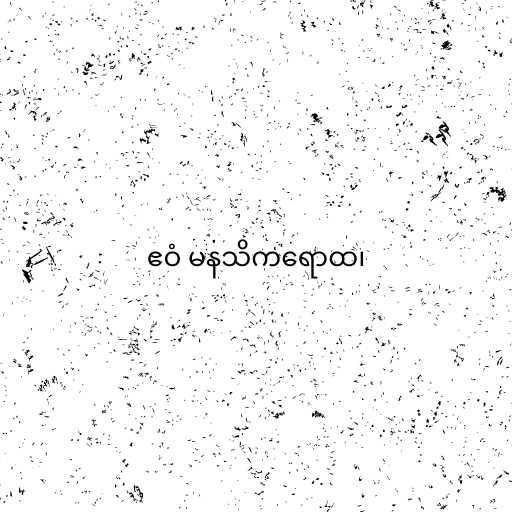
ဧဝံ မနသိကရောထ၊